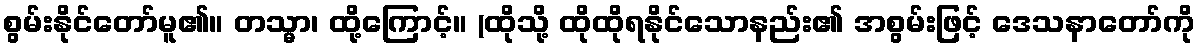
စွမ်းနိုင်တော်မူ၏။ တသ္မာ၊ ထို့ကြောင့်။ (ထိုသို့ ထိုထိုရနိုင်သောနည်း၏ အစွမ်းဖြင့် ဒေသနာတော်ကို